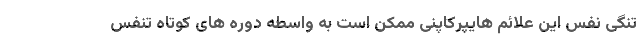
تنگی نفس این علائم هایپرکاپنی ممکن است به واسطه دوره های کوتاه تنفس